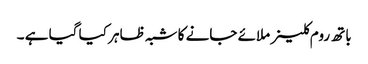
باتھ روم کلینر ملائے جانے کا شبہ ظاہر کیا گیا ہے ۔